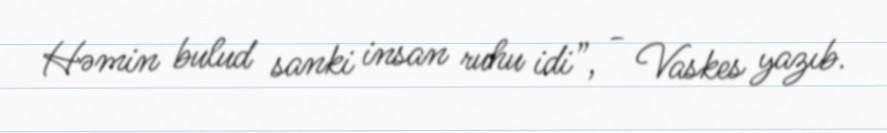
Həmin bulud sanki insan ruhu idi”, - Vaskes yazıb.